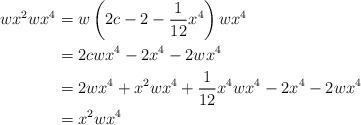
LaTeX: \begin{align*}wx^2wx^4 & = w\left(2c-2-\frac{1}{12}x^4\right)wx^4\\& = 2 cwx^4 - 2 x^4 - 2 wx^4\\& = 2 wx^4 + x^2wx^4 + \frac{1}{12}x^4wx^4 - 2 x^4 - 2 wx^4\\& = x^2wx^4\end{align*}